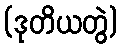
(ဒုတိယတွဲ)